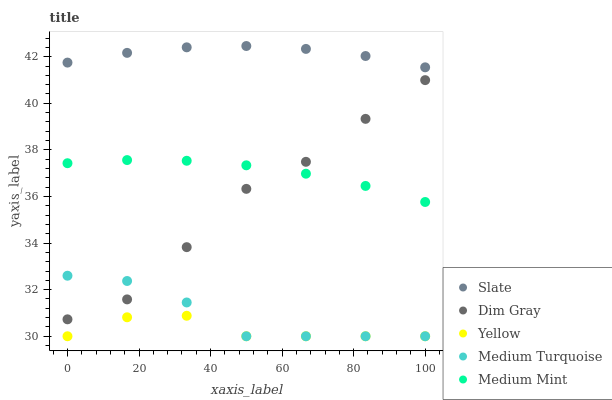
| xaxis_label | Slate | Dim Gray | Yellow | Medium Turquoise | Medium Mint |
 | --- | --- | --- | --- | --- | --- |
 | 0 | 41.7 | 30.7 | 30 | 32.6 | 37.4 |
 | 16.7 | 42.2 | 31.6 | 30.8 | 32.4 | 37.6 |
 | 33.3 | 42.4 | 33.8 | 30.9 | 31.5 | 37.5 |
 | 50 | 42.5 | 36.3 | 30 | 30 | 37.3 |
 | 66.7 | 42.3 | 37.5 | 30 | 30 | 37 |
 | 83.3 | 42 | 39.3 | 30 | 30 | 36.5 |
 | 100 | 41.5 | 41 | 30 | 30 | 35.8 |